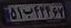
۵۱ب۴۳۴۶۷